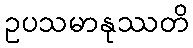
ဥပသမာနုဿတိ